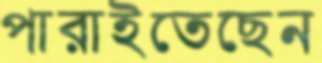
পারাইতেছেন